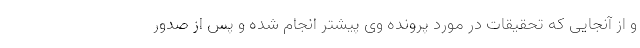
و از آنجایی که تحقیقات در مورد پرونده وی پیشتر انجام شده و پس از صدور